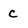
Character: c